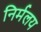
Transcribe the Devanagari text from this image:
निर्मलय